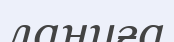
лануға